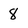
Character: 8